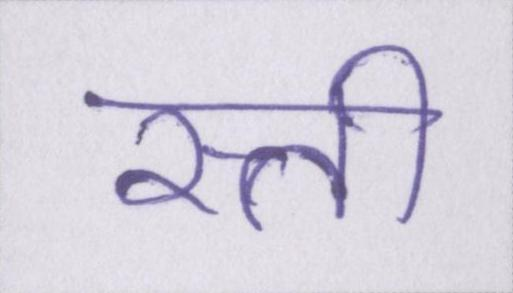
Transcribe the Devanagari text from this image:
रत्ती